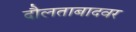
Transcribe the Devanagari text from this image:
दौलताबादवर